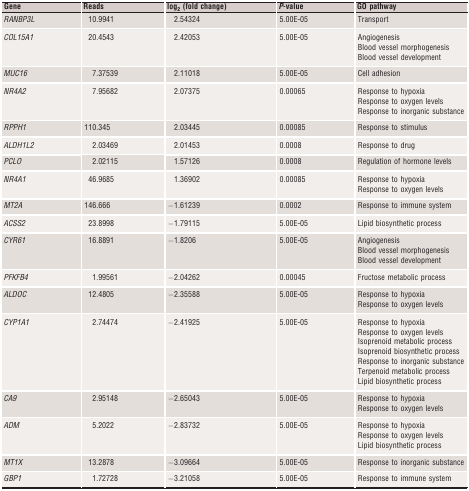
| Gene | Reads | log2 (fold change) | P‐value | GO pathway |
 | --- | --- | --- | --- | --- |
 | RANBP3L | 10.9941 | 2.54324 | 5.00E‐05 | Transport |
 | COL15A1 | 20.4543 | 2.42053 | 5.00E‐05 | AngiogenesisBlood vessel morphogenesisBlood vessel development |
 | MUC16 | 7.37539 | 2.11018 | 5.00E‐05 | Cell adhesion |
 | NR4A2 | 7.95682 | 2.07375 | 0.00065 | Response to hypoxiaResponse to oxygen levelsResponse to inorganic substance |
 | RPPH1 | 110.345 | 2.03445 | 0.00085 | Response to stimulus |
 | ALDH1L2 | 2.03469 | 2.01453 | 0.0008 | Response to drug |
 | PCLO | 2.02115 | 1.57126 | 0.0008 | Regulation of hormone levels |
 | NR4A1 | 46.9685 | 1.36902 | 0.00085 | Response to hypoxiaResponse to oxygen levels |
 | MT2A | 146.666 | −1.61239 | 0.0002 | Response to immune system |
 | ACSS2 | 23.8998 | −1.79115 | 5.00E‐05 | Lipid biosynthetic process |
 | CYR61 | 16.8891 | −1.8206 | 5.00E‐05 | AngiogenesisBlood vessel morphogenesisBlood vessel development |
 | PFKFB4 | 1.99561 | −2.04262 | 0.00045 | Fructose metabolic process |
 | ALDOC | 12.4805 | −2.35588 | 5.00E‐05 | Response to hypoxiaResponse to oxygen levels |
 | CYP1A1 | 2.74474 | −2.41925 | 5.00E‐05 | Response to hypoxiaResponse to oxygen levelsIsoprenoid metabolic processIsoprenoid biosynthetic processResponse to inorganic substanceTerpenoid metabolic processLipid biosynthetic process |
 | CA9 | 2.95148 | −2.65043 | 5.00E‐05 | Response to hypoxiaResponse to oxygen levels |
 | ADM | 5.2022 | −2.83732 | 5.00E‐05 | Response to hypoxiaResponse to oxygen levelsLipid biosynthetic process |
 | MT1X | 13.2878 | −3.09664 | 5.00E‐05 | Response to inorganic substance |
 | GBP1 | 1.72728 | −3.21058 | 5.00E‐05 | Response to immune system |